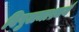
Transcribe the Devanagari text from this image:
विपुलमाश्चर्य